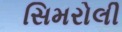
સિમરોલી